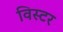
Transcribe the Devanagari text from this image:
विस्टर